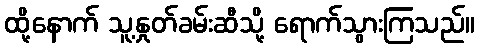
ထို့နောက် သူ့နှုတ်ခမ်းဆီသို့ ရောက်သွားကြသည်။